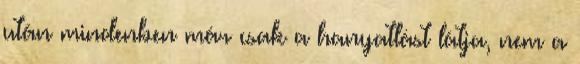
után mindenben már csak a hanyatlást látja, nem a